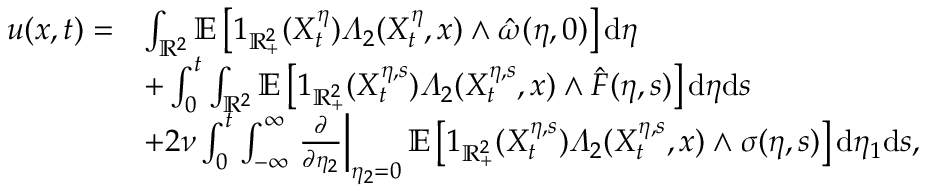
\begin{array} { r l } { u ( x , t ) = } & { \int _ { \mathbb { R } ^ { 2 } } \mathbb { E } \left[ 1 _ { \mathbb { R } _ { + } ^ { 2 } } ( X _ { t } ^ { \eta } ) \varLambda _ { 2 } ( X _ { t } ^ { \eta } , x ) \wedge \hat { \omega } ( \eta , 0 ) \right] \mathrm { d } \eta } \\ & { + \int _ { 0 } ^ { t } \int _ { \mathbb { R } ^ { 2 } } \mathbb { E } \left[ 1 _ { \mathbb { R } _ { + } ^ { 2 } } ( X _ { t } ^ { \eta , s } ) \varLambda _ { 2 } ( X _ { t } ^ { \eta , s } , x ) \wedge \hat { F } ( \eta , s ) \right] \mathrm { d } \eta \mathrm { d } s } \\ & { + 2 \nu \int _ { 0 } ^ { t } \int _ { - \infty } ^ { \infty } \left. \frac { \partial } { \partial \eta _ { 2 } } \right| _ { \eta _ { 2 } = 0 } \mathbb { E } \left[ 1 _ { \mathbb { R } _ { + } ^ { 2 } } ( X _ { t } ^ { \eta , s } ) \varLambda _ { 2 } ( X _ { t } ^ { \eta , s } , x ) \wedge \sigma ( \eta , s ) \right] \mathrm { d } \eta _ { 1 } \mathrm { d } s , } \end{array}